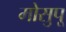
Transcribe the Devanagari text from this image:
मोसुपू